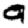
Digit: 0